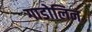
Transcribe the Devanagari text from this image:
गाडोलिन